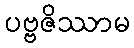
ပဗ္ဗဇိဿာမ